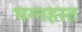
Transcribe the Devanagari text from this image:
भग्नहस्त